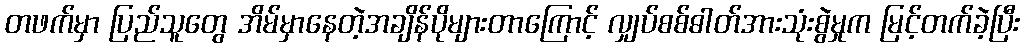
တဖက်မှာ ပြည်သူတွေ အိမ်မှာနေတဲ့အချိန်ပိုများတာကြောင့် လျှပ်စစ်ဓါတ်အားသုံးစွဲမှုက မြင့်တက်ခဲ့ပြီး